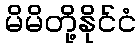
မိမိတို့နိုင်ငံ